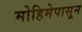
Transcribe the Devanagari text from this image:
मोहिमेपासून